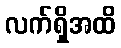
လက်ရှိအထိ